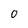
Character: 0